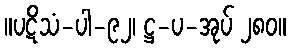
။ပဋိသံ-ပါ-၉၂၊ ဋ္ဌ-ပ-အုပ် ၂၈၀။